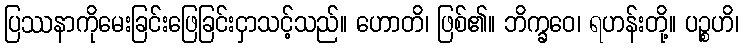
ပြဿနာကိုမေးခြင်းဖြေခြင်းငှာသင့်သည်။ ဟောတိ၊ ဖြစ်၏။ ဘိက္ခဝေ၊ ရဟန်းတို့။ ပဉ္စဟိ၊